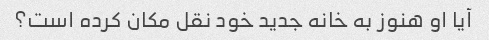
آیا او هنوز به خانه جدید خود نقل مکان کرده است؟